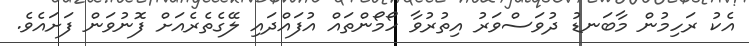
އެކު ރަހިމުން މާބަނޑު ދުވަސްވަރު އިތުރުވާ ހޯމޯންތައް އުފައްދައި ލޭގެތެރެއަށް ފޮނުވަން ފަށައެވެ.